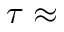
\tau \approx